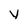
Character: y